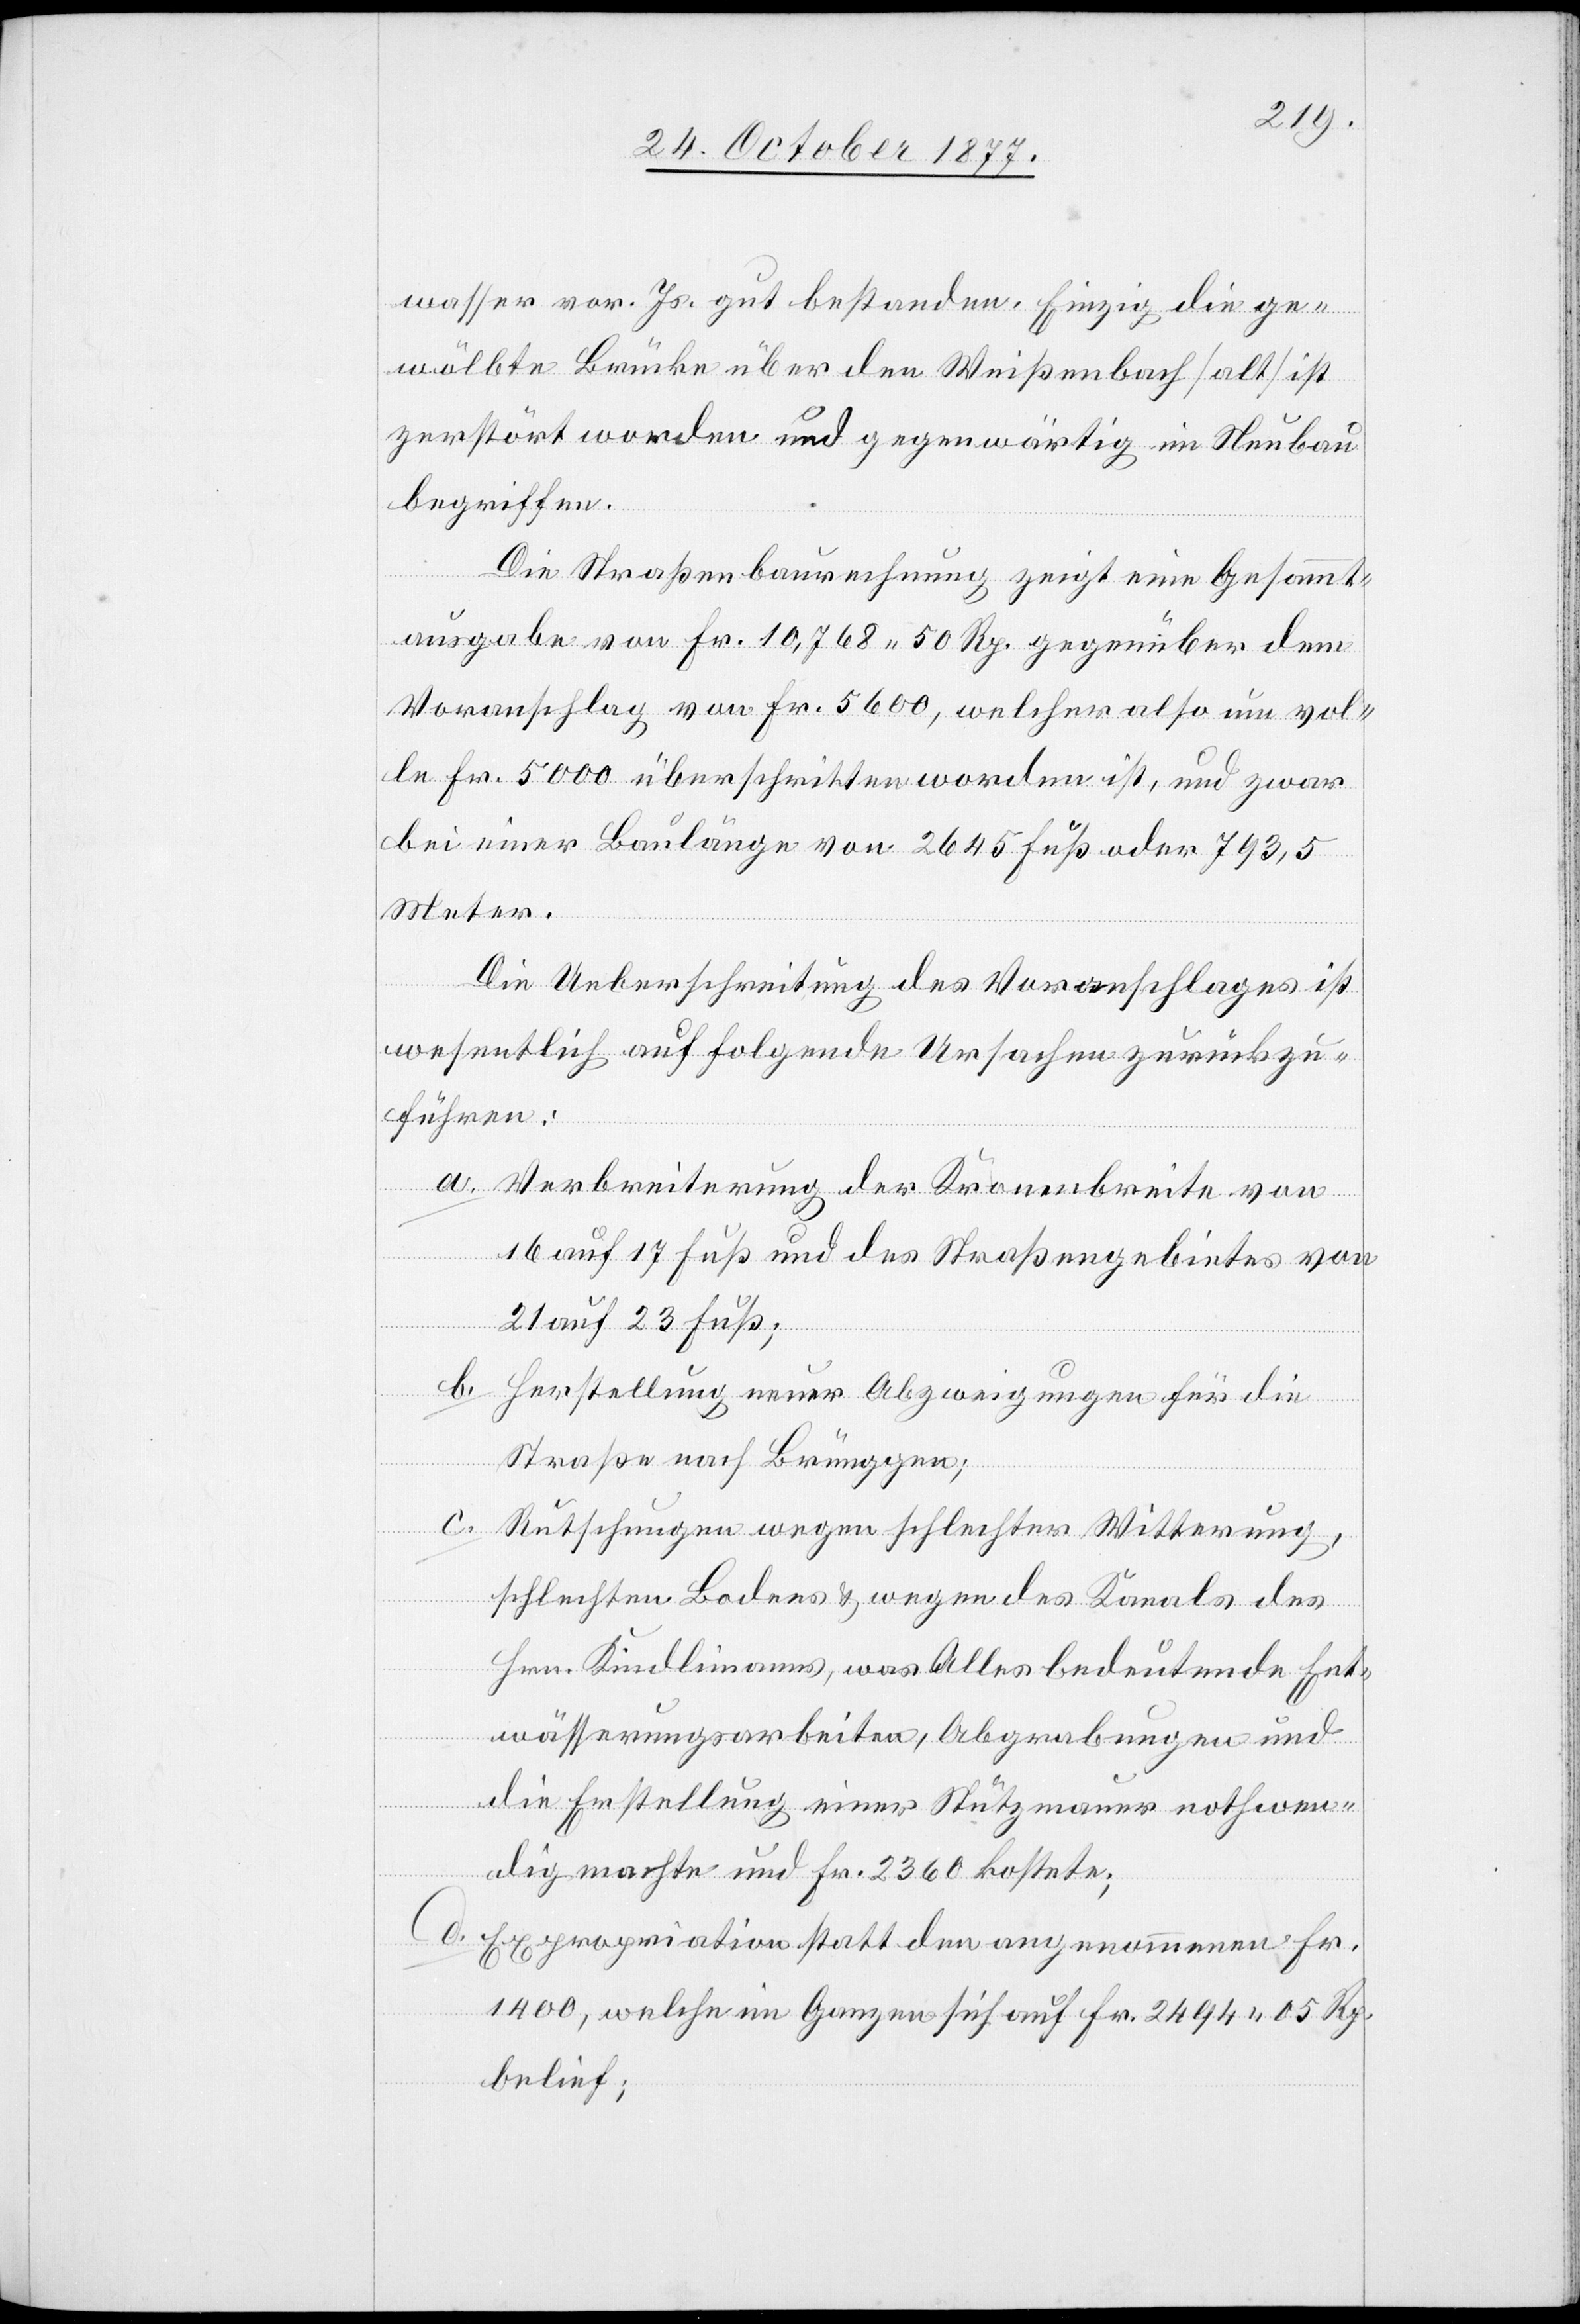
wasser vor. Js. gut bestanden. Einzig die ge¬
wölbte Brücke über den Weißenbach [alt] ist
zerstört worden und gegenwärtig im Neubau
begriffen.
Die Straßenbaurechnung zeigt eine Gesammt¬
ausgabe von Fr. 10,768 50 Rp. gegenüber dem
Voranschlag von Fr. 5600, welcher also um vol¬
le Fr. 5000 überschritten worden ist, und zwar
bei einer Baulänge von 2645 Fuß oder 793,5
Meter.
Die Ueberschreitung des Voranschlages ist
wesentlich auf folgende Ursachen zurückzu¬
führen:
a.
Verbreiterung der Kronenbreite von
16 auf 17 Fuß und des Straßengebietes von
21 auf 23 Fuß;
b.
Herstellung neuer Abzweigungen für die
Straße nach Brünggen;
c.
d.
Rutschungen wegen schlechter Witterung,
schlechten Bodens & wegen des Kanals des
Hrn. Kindlimanns, was Alles bedeutende Ent¬
wässerungsarbeiten, Abgrabungen und
die Erstellung einer Stützmauer nothwen¬
dig machte und Fr. 2360 kostete;
Expropriation statt den angenommenen Fr.
1400, welche im Ganzen sich auf Fr. 2494 05 Rp.
belief;